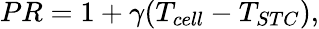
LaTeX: \begin{array}{r}{PR=1+\gamma(T_{cell}-T_{STC}),}\end{array}